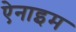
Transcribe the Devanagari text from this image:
ऐनाइम